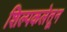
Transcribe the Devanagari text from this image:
शिल्पकलेतून